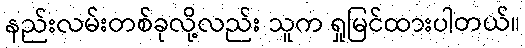
နည်းလမ်းတစ်ခုလို့လည်း သူက ရှုမြင်ထားပါတယ်။